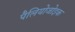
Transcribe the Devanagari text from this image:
पैलियोजोइक